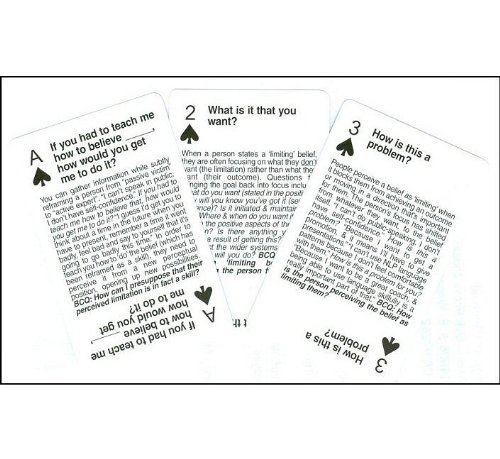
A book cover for NLP Belief Buster Cards; Jamie Smart; Self-Help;